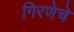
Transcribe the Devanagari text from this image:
गिरणेचे